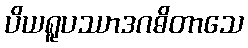
ပိယရူပဿာဒဂဓိတာသေ